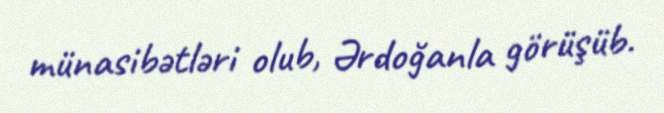
münasibətləri olub, Ərdoğanla görüşüb.